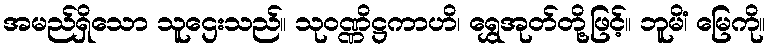
အမည်ရှိသော သူဌေးသည်။ သုဝဏ္ဏိဋ္ဌကာဟိ၊ ရွှေအုတ်တို့ဖြင့်။ ဘူမိံ၊ မြေကို။